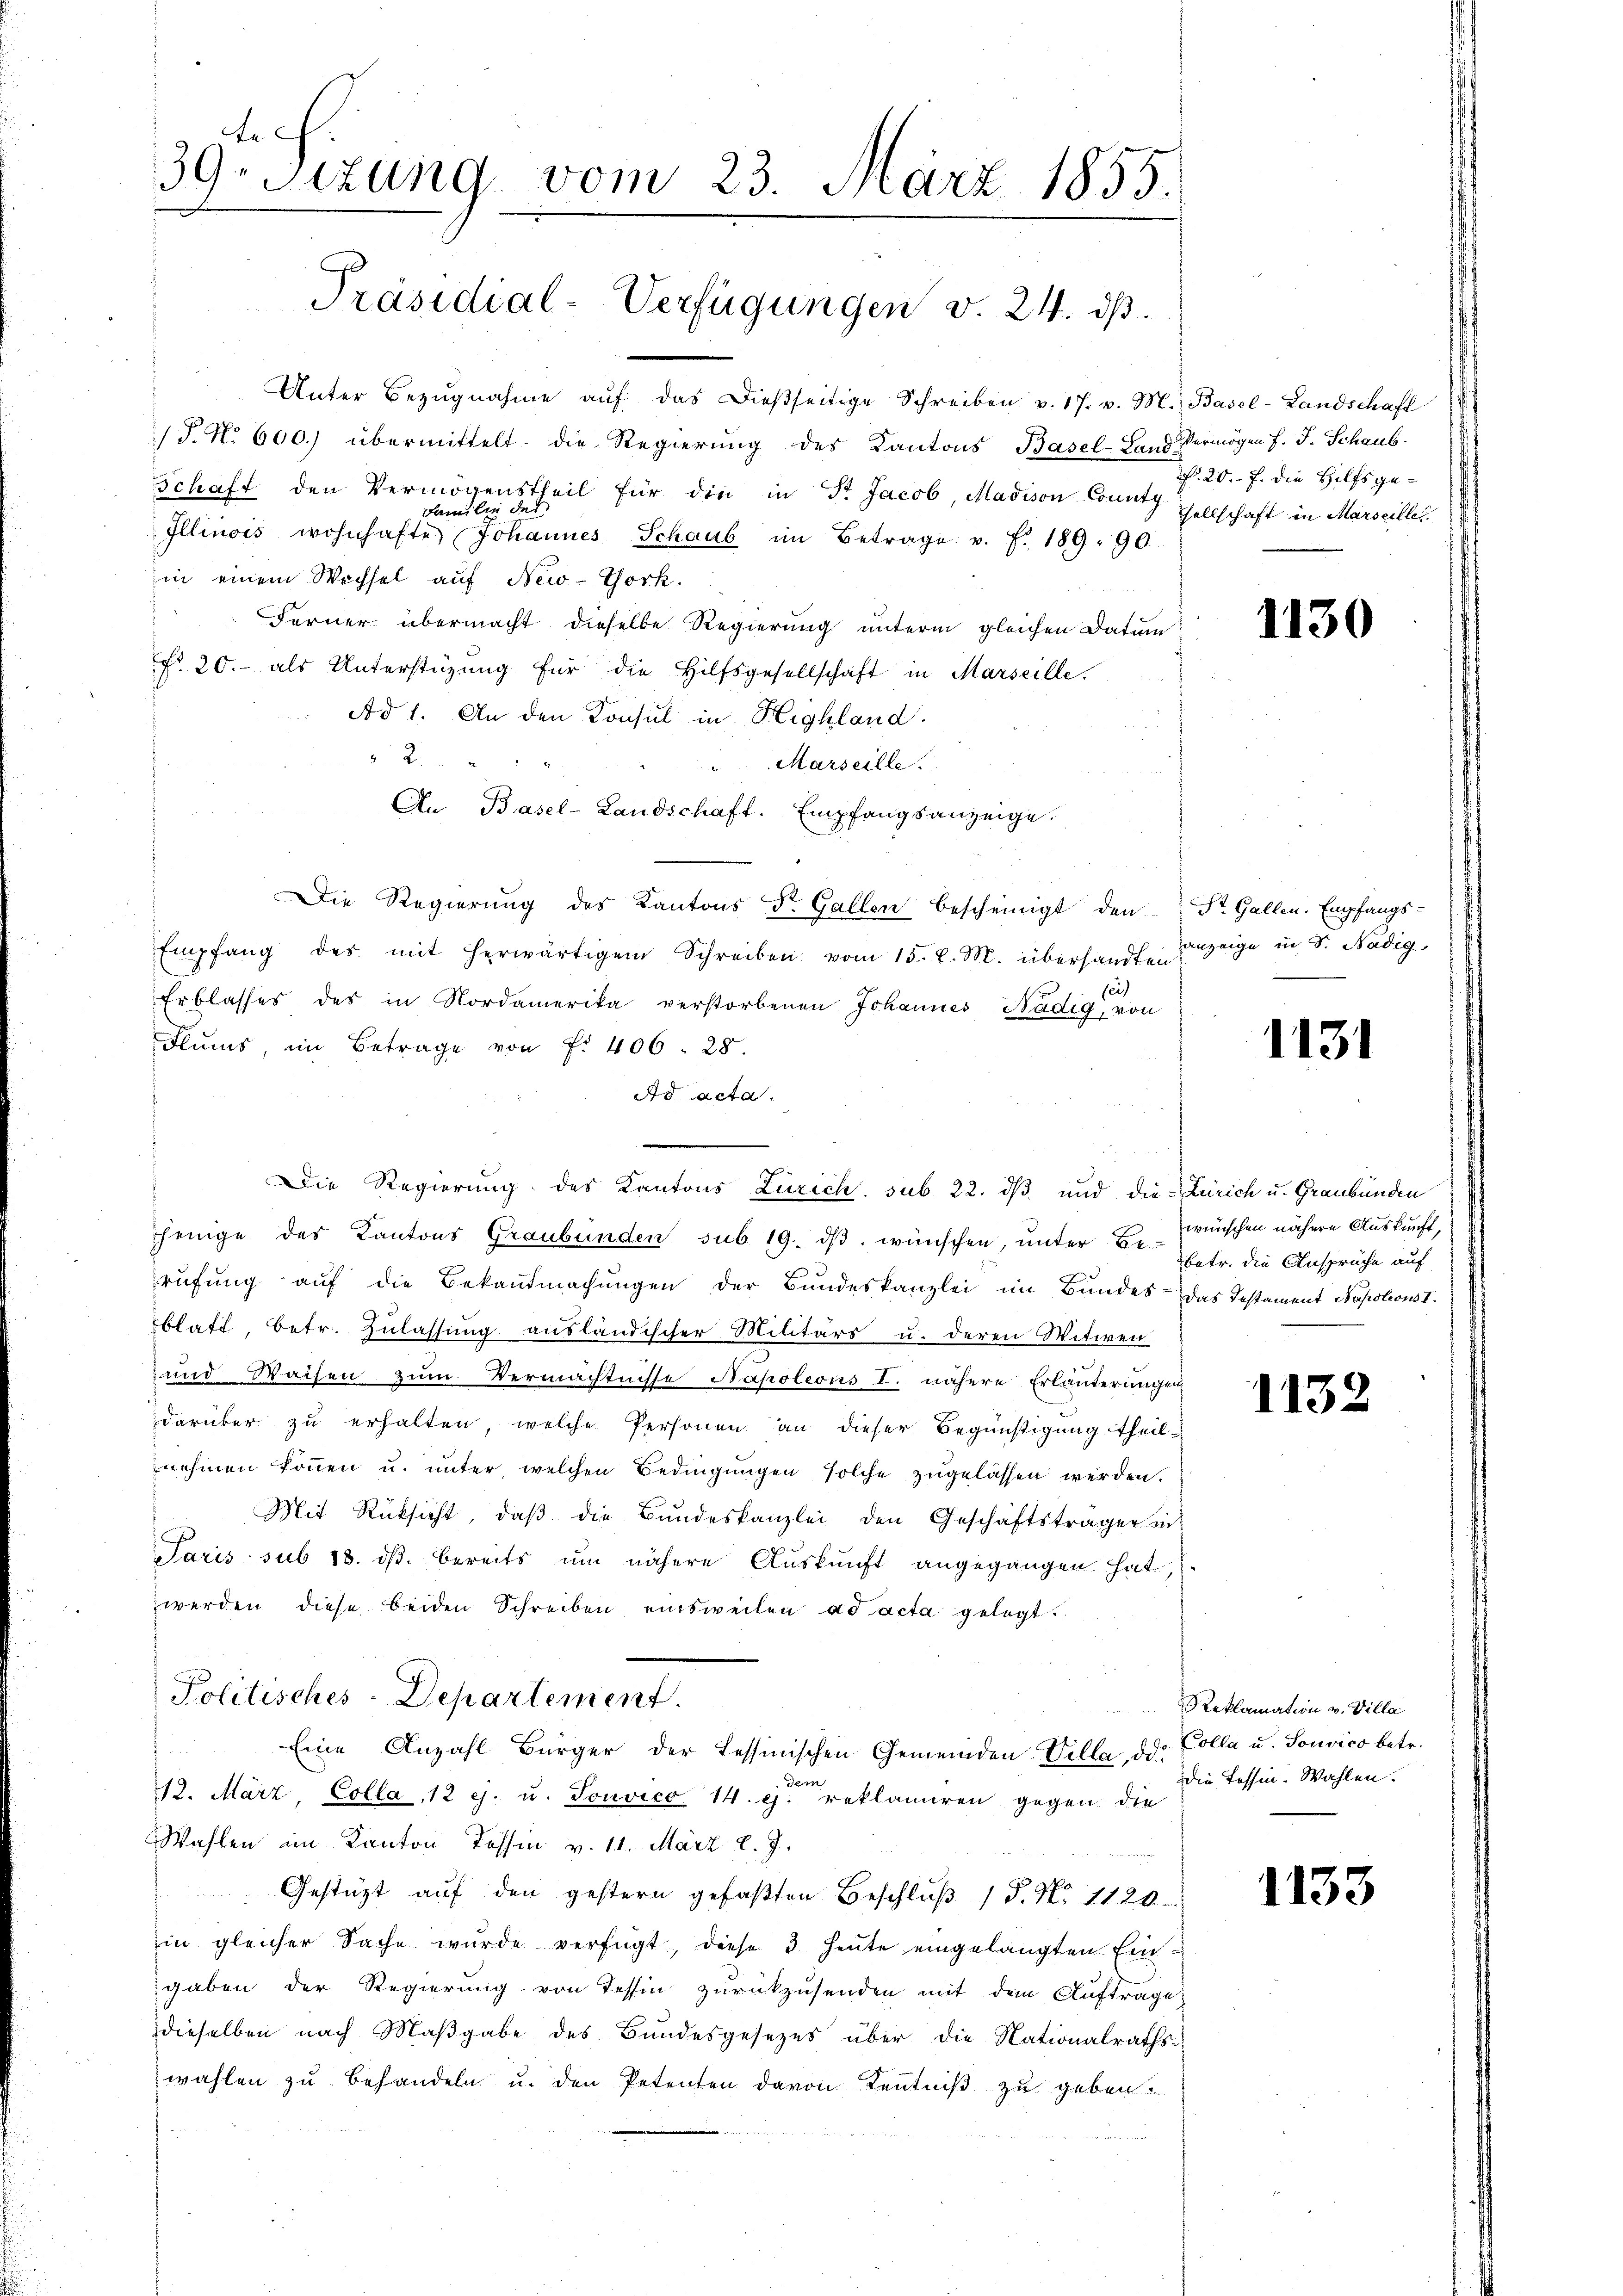
Unter Bezŭgnahme aŭf das dießseitige Schreiben v. 17. v. M. Basel-Landschaft
/T. N. 600.) übermittelt. Die Regierung des Kantons Basel-Land Vermögen f. J. Schaub
Schaft den Vermögenstheil für die in St. Jacob, Madison County sellschaft in Marseiller
Illinois wohnhafte Johannes Schaub im Betrage v. J. 189. 90.
in einem Wechsel auf New-York.
Ferner übermacht dieselbe Regierung unterm gleichen Datum
fr. 20. als Unterstützung für die Hilfsgesellschaft in Marseille.
Ad 1. An den Konsul in Highland.
2.
Marseille.
An Basel-Landschaft. Empfangsanzeige.
Die Regierung des Kantons Dr. Gallen bescheinigt den St. Gallen. Empfangs-
Empfang des mit herwärtigem Schreiben vom 15. d. M. überhanden eige in S. Nädig
sei
Erblasses des in Nordamerika verstorbenen Johannes Nädig, von
Flums, im Betrage von f. 406. 28.
Ad acta.
jenige des Kantons Graubünden sub 19. dβ. wünschen, unter Er betr. die Ansprüche auf
rufung auf die Bekantmachungen der Bundeskanzlei im Bundes- Das Testament Napoleons I
blatt, betr. Zulassung ausländischer Militärs u. deren Witwen-
und Waisen zum Vermächtnisse Napoleons I. nähere Erläuterungen
darüber zu erhalten, welche Personen an dieser Begünstigung theilnehmen können u. unter, welchen Bedingungen solche zugelassen werden.
Mit Rücksicht, daβ die Bundeskanzlei den Geschäftsträger in
Paris sub. 18. ds. bereits um nähere Auskunft angegangen hat,
werden diese beiden Schreiben einsweilen ad acta gelegt.
Politisches-Departement
Eine Anzahl Bürger der Tessinischen Gemeinden Villa, dadem
12. März, Colla, 12 ej. u. Sonvico 14. ej. reklamiren gegen die
Wahlen im Kanton Tessin v. 11. März l. J.
Gestützt auf den gestern gefaßten Beschlŭβ (T. N. 1120.
in gleicher Sache wurde verfügt, diese 3 Heute eingelangten Eingaben der Regierung von Tessin zurückzusenden mit dem Auftrage
dieselben nach Maßgabe des Bundesgesetzes über die Nationalraths-
wählen zu Behandeln u. den Petenten davon Kenntniß zu geben.

te
39. Sizung vom 23. März 1855.

Präsidial-Verfügungen v. 24. ds.

Die Regierung des Kantons Zürich sub 22. dβ und die Zürich u. Graubünden

f. 20. f. die Hilfsge¬

1130

1131

wünschen nähere Auskunft,

1132

Reklamation v. Villa
Colle u. Souvico betr.
die Tessin. Wahlen.

1133